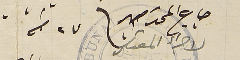
جاج المحترمين فى ٢٧ منه